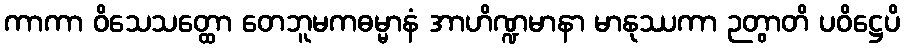
ကာကာ ဝိသေသတ္ထော တေဘူမကဓမ္မာနံ အာဟိဏ္ဍမာနာ မာနုဿကာ ဉတွာတိ ပဝိဋ္ဌေပိ